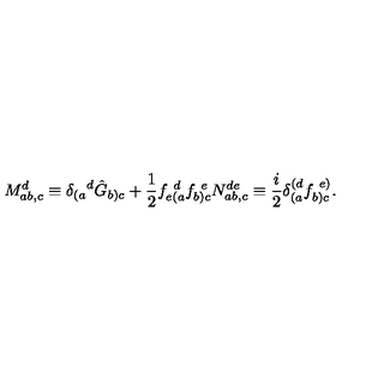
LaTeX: M _ { a b , c } ^ { d } \equiv { \delta _ { ( a } } ^ { d } \hat { G } _ { b ) c } + \frac { 1 } { 2 } f _ { e ( a } ^ { \ d } f _ { b ) c } ^ { \ e } N _ { a b , c } ^ { d e } \equiv \frac { i } { 2 } \delta _ { ( a } ^ { ( d } f _ { b ) c } ^ { \ e ) } .